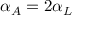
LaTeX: \alpha _ { A } = 2 \alpha _ { L }